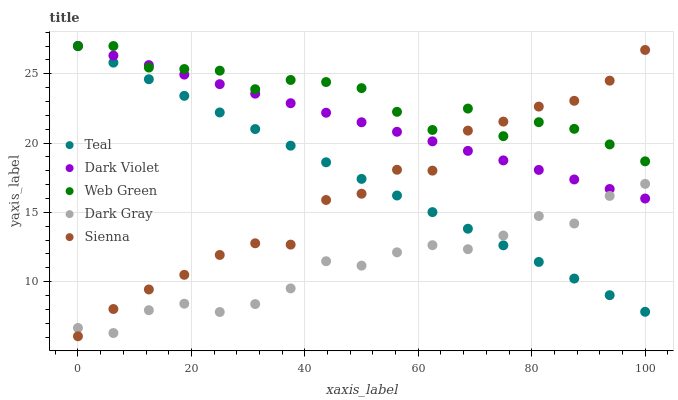
| xaxis_label | Teal | Dark Violet | Web Green | Dark Gray | Sienna |
 | --- | --- | --- | --- | --- | --- |
 | 0 | 27 | 27 | 27 | 6.66 | 6.06 |
 | 6.25 | 25.8 | 26.3 | 27 | 6.29 | 8.02 |
 | 12.5 | 24.6 | 25.6 | 25.4 | 7.94 | 9.43 |
 | 18.8 | 23.4 | 24.9 | 25.3 | 8.41 | 10.5 |
 | 25 | 22.2 | 24.2 | 25.2 | 7.81 | 11.9 |
 | 31.2 | 21 | 23.6 | 23.9 | 8.38 | 12.8 |
 | 37.5 | 19.8 | 22.9 | 24.6 | 9.51 | 12.7 |
 | 43.8 | 18.6 | 22.2 | 24.4 | 11.5 | 15.9 |
 | 50 | 17.4 | 21.5 | 24 | 11.2 | 16.3 |
 | 56.2 | 16.2 | 20.8 | 22.3 | 12.1 | 18.1 |
 | 62.5 | 15 | 20.1 | 20.9 | 12.6 | 18 |
 | 68.8 | 13.8 | 19.4 | 22.5 | 12.3 | 20.9 |
 | 75 | 12.6 | 18.7 | 20.5 | 13.3 | 21.5 |
 | 81.2 | 11.4 | 18.1 | 21.5 | 14.7 | 22.6 |
 | 87.5 | 10.2 | 17.4 | 21 | 14.2 | 23 |
 | 93.8 | 9.02 | 16.7 | 19.9 | 16.2 | 24.5 |
 | 100 | 7.82 | 16 | 18.7 | 17.1 | 26.7 |